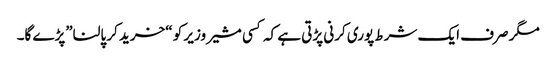
مگر صرف ایک شرط پوری کرنی پڑتی ہے کہ کسی مشیر وزیر کو “خرید کر پالنا”پڑے گا۔